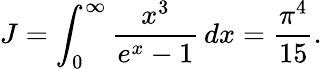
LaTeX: J=\int_{0}^{\infty}{\frac{x^{3}}{e^{x}-1}}\, dx={\frac{\pi^{4}}{15}}.